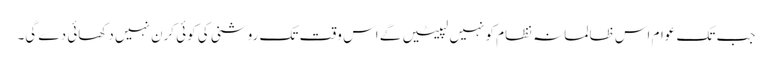
جب تک عوام اس ظالمانہ نظام کو نہیں لپیٹیں گے اس وقت تک روشنی کی کوئی کرن نہیں دکھائی دے گی۔